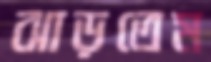
ঝাড়তেম